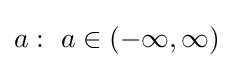
a:~a\in (-\infty ,\infty )